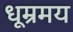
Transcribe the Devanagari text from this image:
धूम्रमय